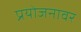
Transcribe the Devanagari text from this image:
प्रयोजनावर